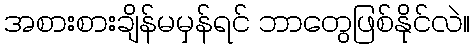
အစားစားချိန်မမှန်ရင် ဘာတွေဖြစ်နိုင်လဲ။